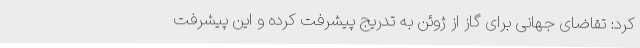
کرد: تقاضای جهانی برای گاز از ژوئن به تدریج پیشرفت کرده و این پیشرفت